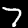
Label: 7